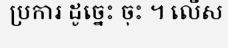
ប្រការ ដូច្នេះ ចុះ ។ លើស